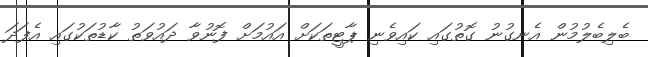
ބެލިބެލުމުން އެނގުނު ގޮތުގައި ކައިވެނި ޕާޓީތަކަށް އައުމަށް ފޮނުވާ ދައުވަތު ކާޑުތަކުގައި އެފަދަ